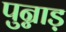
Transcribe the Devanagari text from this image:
पुन्नाड़